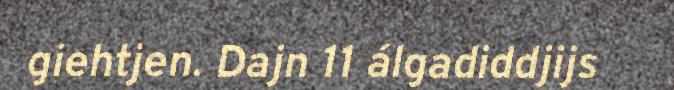
giehtjen. Dajn 11 álgadiddjijs